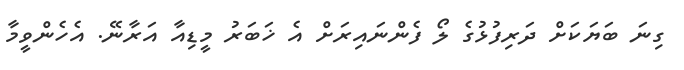
ގިނަ ބަޔަކަށް ދަރިފުޅުގެ ލޯ ފެންނައިރަށް އެ ޚަބަރު މީޑިއާ އަރާނޭ. އެހެންވީމާ